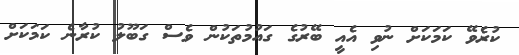
ކުރެވޭ ކަމަކަށް ނުވި އެއީ ބޭރުގެ ގައުމުތަކުން ވެސް ގަބޫލު ކުރާނެ ކަމަކަށް